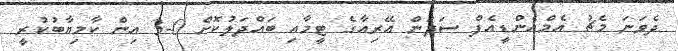
ދެވަނަ މެޗު އެމްއެންޑީއެފް ސަދަން އޭރިއާގެ ޓީމާއި ބައްދަލުކޮށް 0-3 އިން ކާމިޔާބުކުރީ